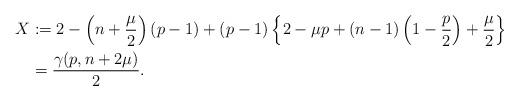
LaTeX: \begin{align*}\begin{aligned}X&:=2-\left(n+\frac{\mu}{2}\right)(p-1)+(p-1)\left\{2-\mu p+(n-1)\left(1-\frac{p}{2}\right)+\frac{\mu}{2}\right\}\\&=\frac{\gamma(p,n+2\mu)}{2}.\end{aligned}\end{align*}